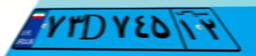
۱۷D۹۶۱۳۸